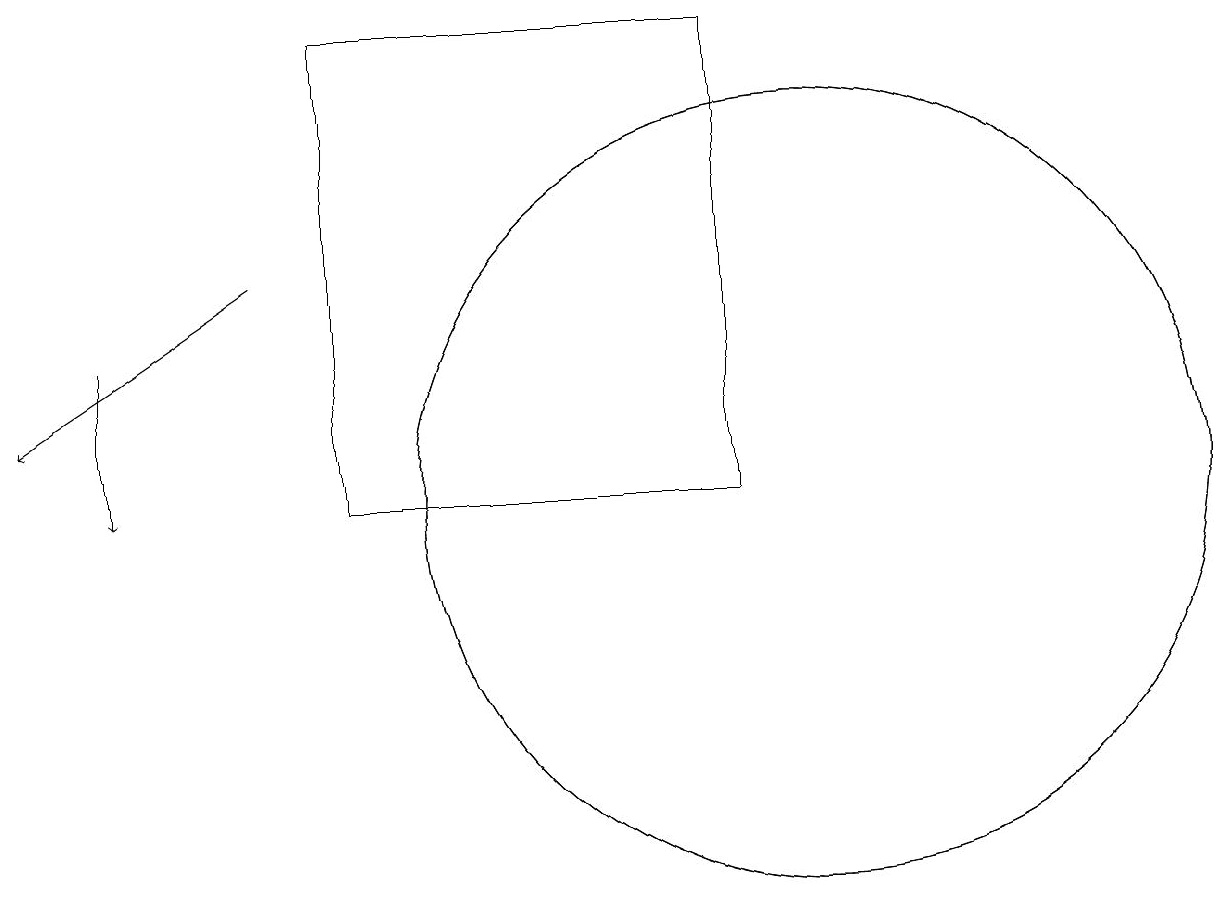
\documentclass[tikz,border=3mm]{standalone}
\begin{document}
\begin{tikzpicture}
\draw (10,11) circle (5);
\draw[->] (1,13) -- (1,11);
\draw (10,11) circle (5);
\draw[->] (3,14) -- (0,12);
\draw (9,17) rectangle (4,11);
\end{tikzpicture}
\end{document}